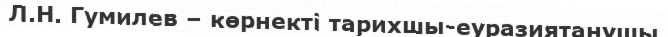
Л.Н. Гумилев – көрнекті тарихшы-еуразиятанушы